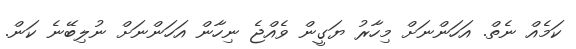
ކަމެއް ނެތް. އަހަންނަށް މިހާރު ޔަގީން ވެއްޖެ ނިހާން އަހަންނަށް ނުލިބޭނެ ކަން.